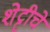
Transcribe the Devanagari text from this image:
शेट्टीचे